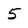
Character: 5